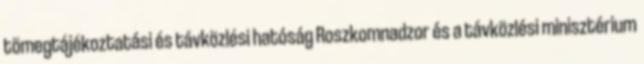
tömegtájékoztatási és távközlési hatóság Roszkomnadzor és a távközlési minisztérium